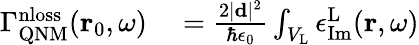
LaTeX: \begin{array}{rl}{\Gamma_{\mathrm{QNM}}^{\mathrm{nloss}}(\mathbf{r}_{0},\omega)}&{{}=\frac{2|\mathbf{d}|^{2}}{\hbar\epsilon_{0}}\int_{V_{\mathrm{L}}}\epsilon_{\mathrm{Im}}^{\mathrm{L}}(\mathbf{r},\omega)}\end{array}